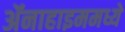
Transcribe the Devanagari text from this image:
ॲनाहाइममध्ये